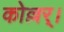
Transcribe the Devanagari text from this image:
कोल्लर्।